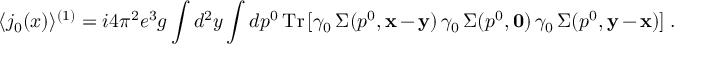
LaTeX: \langle j _ { 0 } ( x ) \rangle ^ { ( 1 ) } = i 4 \pi ^ { 2 } e ^ { 3 } g \int d ^ { 2 } y \int d p ^ { 0 } \, \mathrm { T r } \, [ \gamma _ { 0 } \, \Sigma ( p ^ { 0 } , { \bf x } - { \bf y } ) \, \gamma _ { 0 } \, \Sigma ( p ^ { 0 } , { \bf 0 } ) \, \gamma _ { 0 } \, \Sigma ( p ^ { 0 } , { \bf y } - { \bf x } ) ] \; .